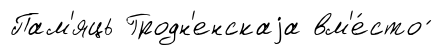
Пам'яць Гродн'енскаjа вм'е́сто ́